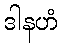
ဒါနဟံ